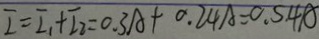
I = I _ { 1 } + I _ { 2 } = 0 . 3 A + 0 . 2 4 A = 0 . 5 . 4 A